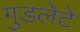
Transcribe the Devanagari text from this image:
गुडलेटे